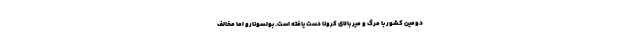
دومین کشور با مرگ و میر بالای کرونا دست یافته است. بولسونارو اما مخالف